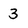
Character: 3